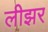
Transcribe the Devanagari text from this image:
लीझर